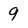
Character: 9